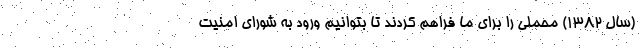
(سال 1382) محملي را براي ما فراهم كردند تا بتوانيم ورود به شوراي امنيت